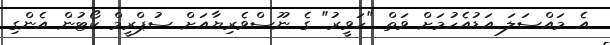
އެ މައްސަލަ އަޑުއެހުމަށް ވަތް "ހަވީރު" ގެ ނޫސްވެރިޔާއަށް ސުޕްރީމް ކޯޓުން އެންގި